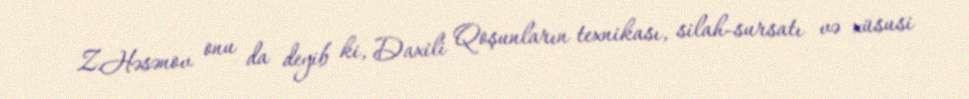
Z.Həsənov onu da deyib ki, Daxili Qoşunların texnikası, silah-sursatı və xüsusi